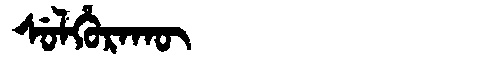
Manchu: ᠰᡠᠯᡥᡠᡵᠠᡴᡡ
Romanization: SULHURAKŪ